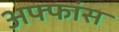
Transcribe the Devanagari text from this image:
अफ्फांस